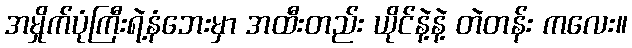
အမှိုက်ပုံကြီးရဲ့နံဘေးမှာ အထီးတည်း ယိုင်နဲ့နဲ့ တဲတန်း ကလေး။